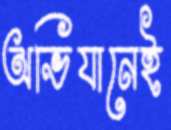
অভিযানেই